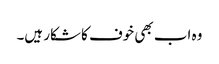
وہ اب بھی خوف کا شکار ہیں۔